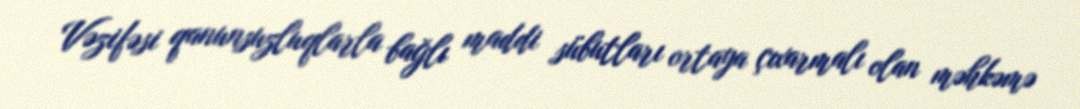
Vəzifəsi qanunsuzluqlarla bağlı maddi sübutları ortaya çıxarmalı olan məhkəmə